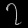
Digit: ၇